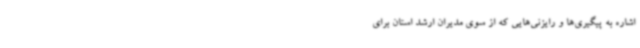
اشاره به پیگیری‌ها و رایزنی‌هایی که از سوی مدیران ارشد استان برای